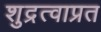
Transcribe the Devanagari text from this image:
शुद्रत्वाप्रत